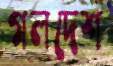
গলদেশ